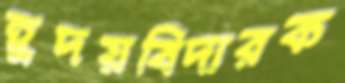
হূদয়বিদারক